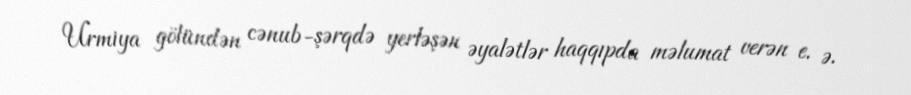
Urmiya gölündən cənub-şərqdə yerləşən əyalətlər haqqıpda məlumat verən e. ə.